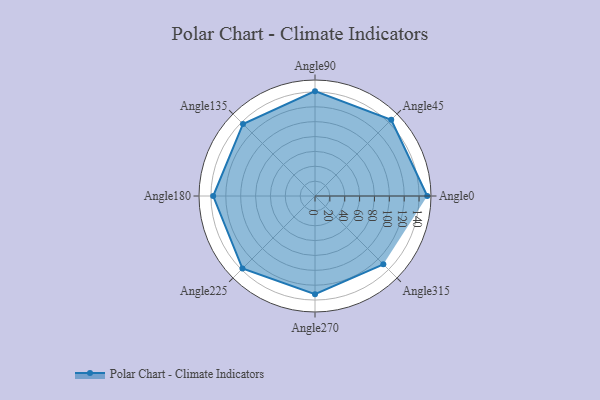
{"axis": {"x": "Angle", "y": "Radius"}, "legend": [""], "data": [{"x": "Angle0", "y": 151.0, "type": ""}, {"x": "Angle45", "y": 145.0, "type": ""}, {"x": "Angle90", "y": 141.0, "type": ""}, {"x": "Angle135", "y": 137.0, "type": ""}, {"x": "Angle180", "y": 137.0, "type": ""}, {"x": "Angle225", "y": 138.0, "type": ""}, {"x": "Angle270", "y": 132.0, "type": ""}, {"x": "Angle315", "y": 130.0, "type": ""}]}